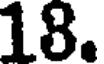
18.